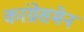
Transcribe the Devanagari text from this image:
कांग्रेसमेन